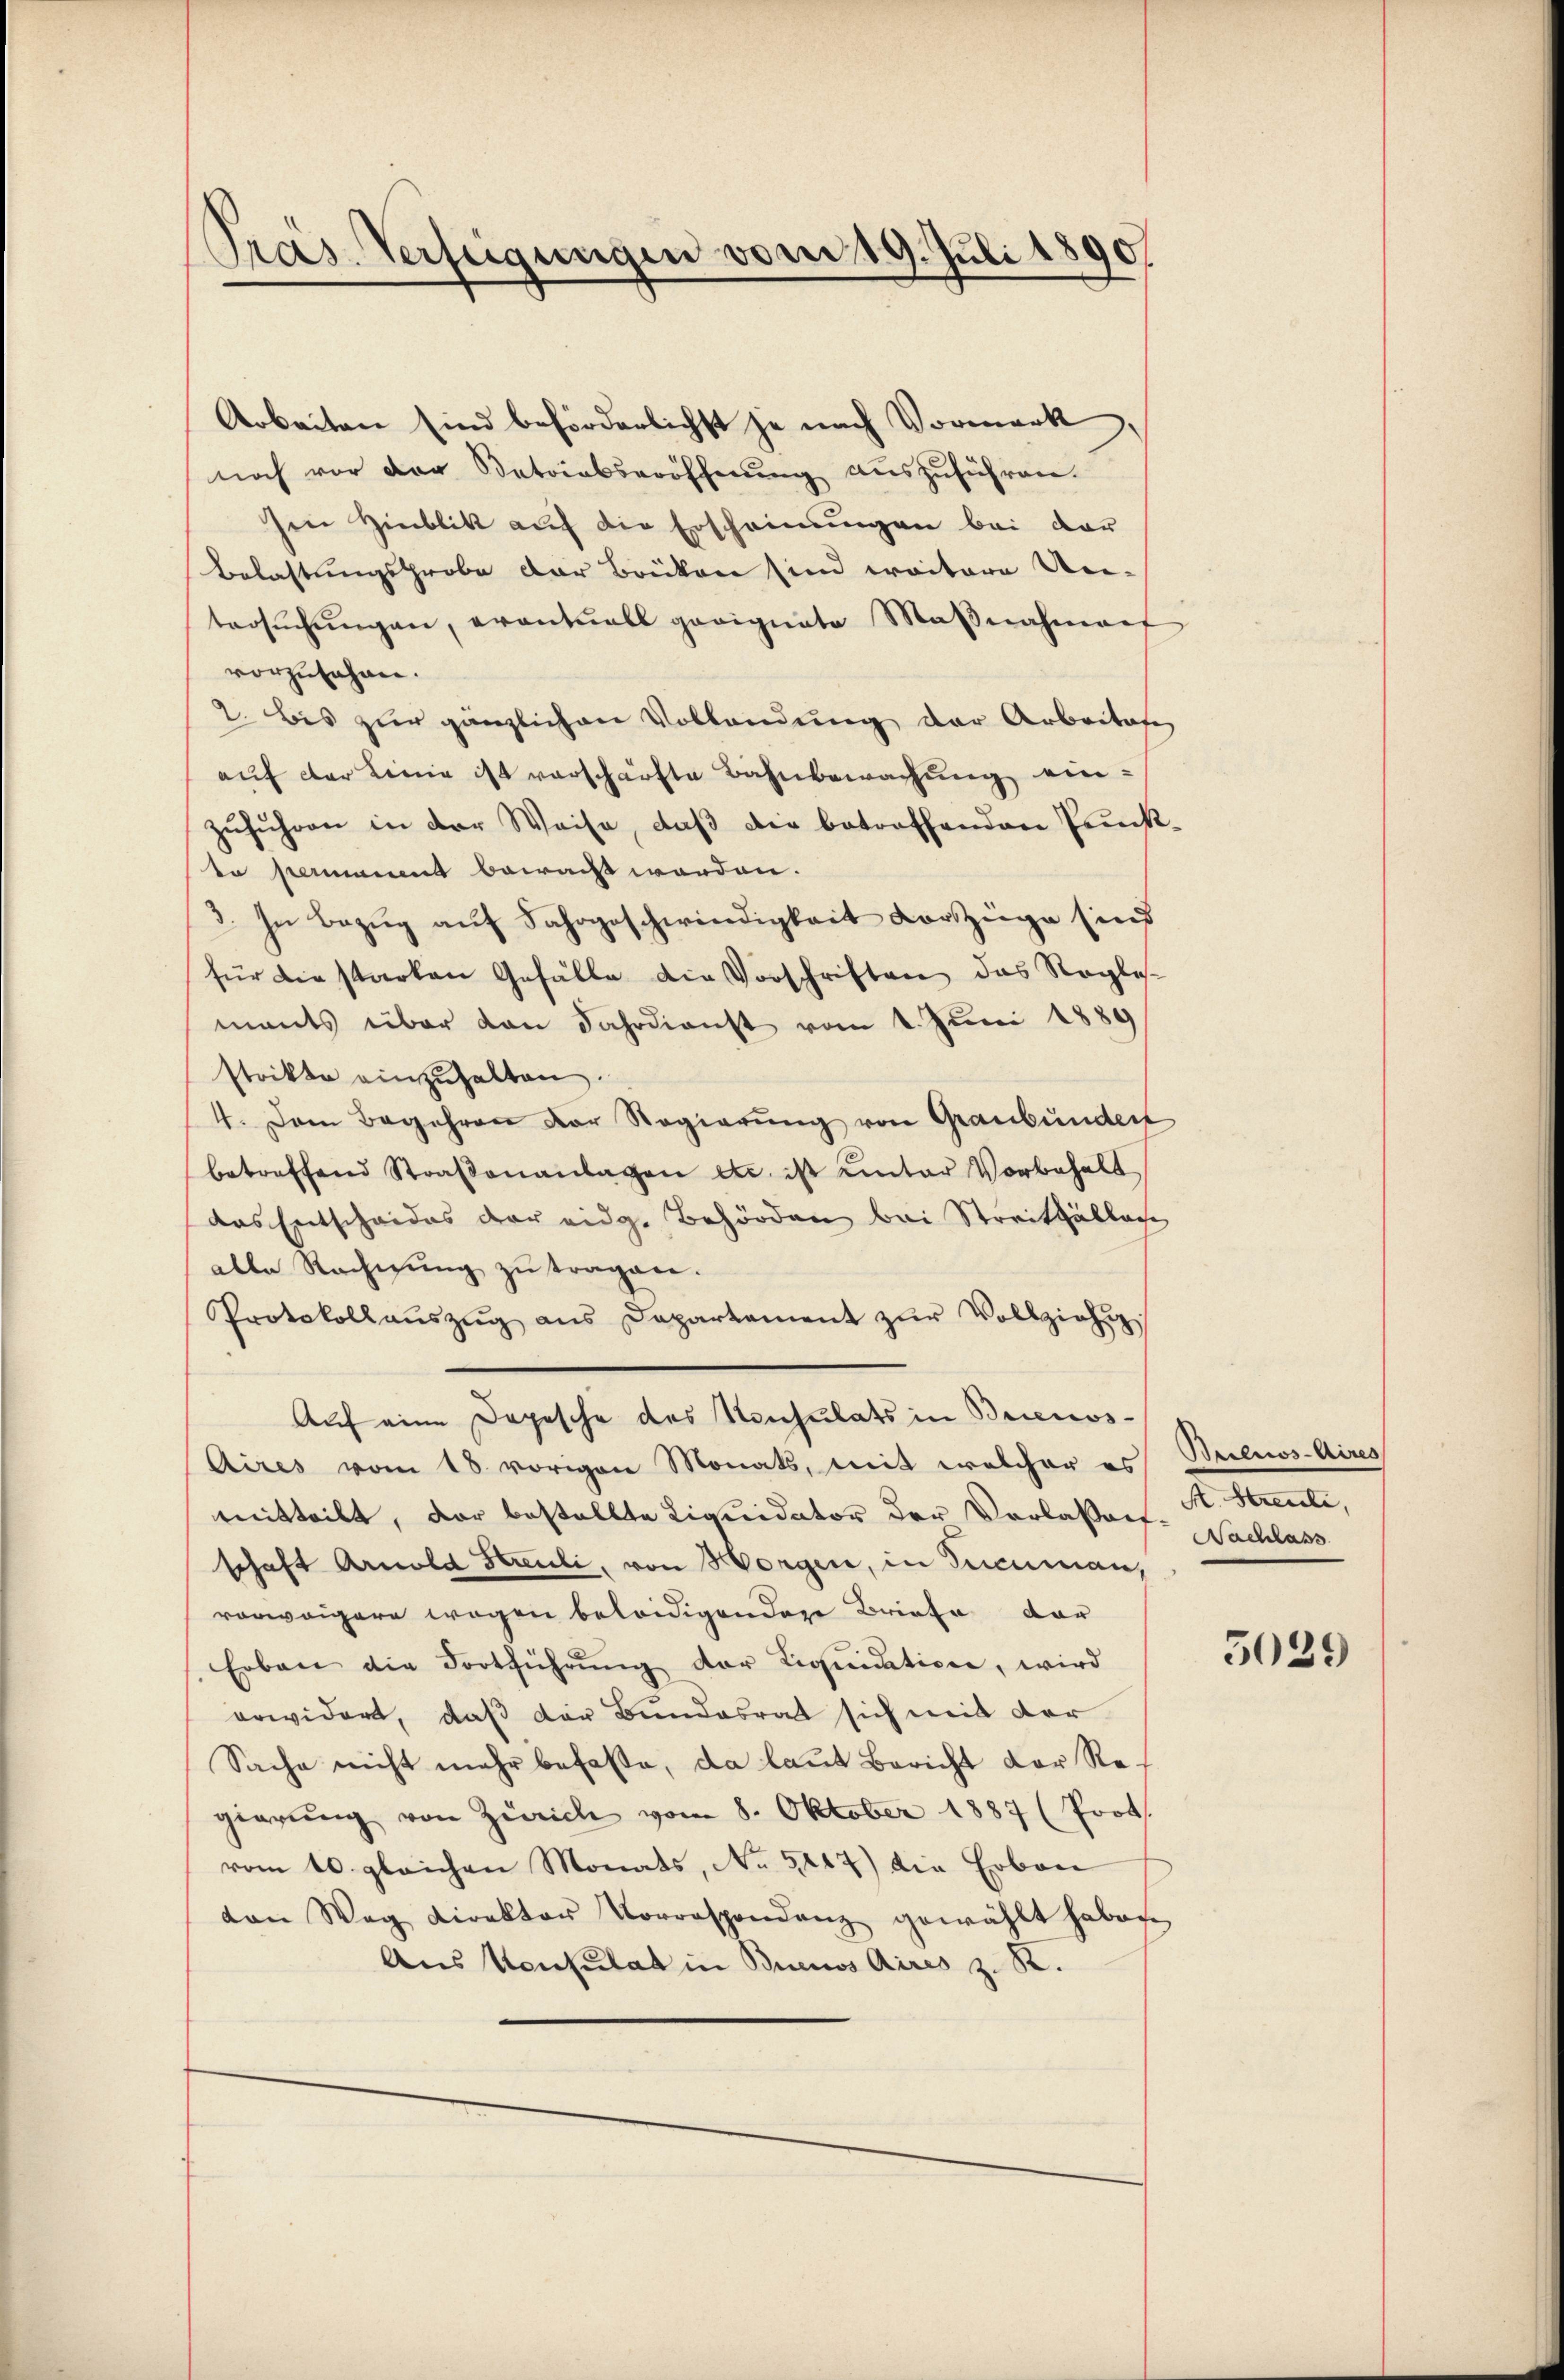
Pras. Verfügungen vom 19. Juli 1890

Arbeiten sind beförderlichst je nach Vormerk
noch vor der Batoirbseröffnŭng aŭszŭführen.
sen Hinblik auf die Erscheinungen bei dar
Belastungsprobe der Brüken sind weitere Uni-
tersŭchŭngen, evantuall geeignete Maβnahmen
vorzusehen.
2. bis zur gänzlichen Vollendung der Arbeitage
auf der Linie ist verschärfte Bahnbewachung einzŭhŭhren in der Weise, daβ die betroffenden Prück-
to permanent bewacht worden.
3. In Bezug auf Fahrgeschwindigkeit vorzüge sind
für die starken Gefälle die Vorschriften das Regle-
mants über von Jahrdienst vom 1. Juni 1889
strikte einzuhalten.
4. Dem Begehren der Regierŭng von Graubünder
betreffend Straßenanlagen etc. ist einter Vorbehalt
das Entscheides der eidg. Behörden bei Streitfällige
alle Rechnŭng zŭ tragen.
Protokollaŭszŭg ans Departement zŭr Vollziehun
Auf eine Depesche des Konsulats in Brienos¬
Aires vom 18. vorigen Monats, mit welcher es Bulnos-Aires
mitteilt, der bestellte Liquidator der Verlaßen- A. Streute,
schaft Arnold Streuli, von Morgen, in Treuman,
vorweigere wegen beleidigendere Briefe dar
Erben die Fortführŭng der Liquidation, wird
erwidert, daß der Bundesrat sich mit der
Sache nicht mehr befasse, da laut Bericht der Regierung von Zürich vom 8. Oktober 1887 (Prot.
vom 10. gleichen Monats, No. 5117) die Erben
von Wag Direktor Vorrespondenz gewählt haben
Aus Ventulat in Buenos Aires z. R.

Nachlass

5039